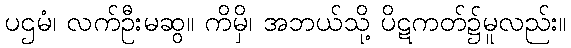
ပဌမံ၊ လက်ဦးမဆွ။ ကိမှိ၊ အဘယ်သို့ ပိဋကတ်၌မူလည်း။